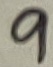
Text: 9